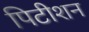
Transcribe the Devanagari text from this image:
पिटीशन